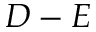
D - E